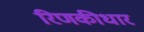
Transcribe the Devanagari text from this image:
रिणकीधार